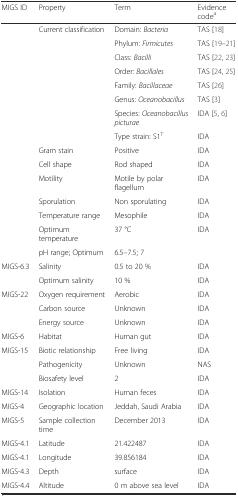
<table><thead><tr><td><b>MIGS ID</b></td><td><b>Property</b></td><td><b>Term</b></td><td><b>Evidence code<sup>a</sup></b></td></tr></thead><tbody><tr><td></td><td>Current classification</td><td>Domain: <i>Bacteria</i></td><td>TAS [18]</td></tr><tr><td></td><td></td><td>Phylum: <i>Firmicutes</i></td><td>TAS [19–21]</td></tr><tr><td></td><td></td><td>Class: <i>Bacilli</i></td><td>TAS [22, 23]</td></tr><tr><td></td><td></td><td>Order: <i>Bacillales</i></td><td>TAS [24, 25]</td></tr><tr><td></td><td></td><td>Family: <i>Bacillaceae</i></td><td>TAS [26]</td></tr><tr><td></td><td></td><td>Genus: <i>Oceanobacillus</i></td><td>TAS [3]</td></tr><tr><td></td><td></td><td>Species: <i>Oceanobacillus picturae</i></td><td>IDA [5, 6]</td></tr><tr><td></td><td></td><td>Type strain: S1<sup>T</sup></td><td>IDA</td></tr><tr><td></td><td>Gram stain</td><td>Positive</td><td>IDA</td></tr><tr><td></td><td>Cell shape</td><td>Rod shaped</td><td>IDA</td></tr><tr><td></td><td>Motility</td><td>Motile by polar flagellum</td><td>IDA</td></tr><tr><td></td><td>Sporulation</td><td>Non sporulating</td><td>IDA</td></tr><tr><td></td><td>Temperature range</td><td>Mesophile</td><td>IDA</td></tr><tr><td></td><td>Optimum temperature</td><td>37 °C</td><td>IDA</td></tr><tr><td></td><td>pH range; Optimum</td><td>6.5–7.5; 7</td><td></td></tr><tr><td>MIGS-6.3</td><td>Salinity</td><td>0.5 to 20 %</td><td>IDA</td></tr><tr><td></td><td>Optimum salinity</td><td>10 %</td><td>IDA</td></tr><tr><td>MIGS-22</td><td>Oxygen requirement</td><td>Aerobic</td><td>IDA</td></tr><tr><td></td><td>Carbon source</td><td>Unknown</td><td>IDA</td></tr><tr><td></td><td>Energy source</td><td>Unknown</td><td>IDA</td></tr><tr><td>MIGS-6</td><td>Habitat</td><td>Human gut</td><td>IDA</td></tr><tr><td>MIGS-15</td><td>Biotic relationship</td><td>Free living</td><td>IDA</td></tr><tr><td></td><td>Pathogenicity</td><td>Unknown</td><td>NAS</td></tr><tr><td></td><td>Biosafety level</td><td>2</td><td>IDA</td></tr><tr><td>MIGS-14</td><td>Isolation</td><td>Human feces</td><td>IDA</td></tr><tr><td>MIGS-4</td><td>Geographic location</td><td>Jeddah, Saudi Arabia</td><td>IDA</td></tr><tr><td>MIGS-5</td><td>Sample collection time</td><td>December 2013</td><td>IDA</td></tr><tr><td>MIGS-4.1</td><td>Latitude</td><td>21.422487</td><td>IDA</td></tr><tr><td>MIGS-4.1</td><td>Longitude</td><td>39.856184</td><td>IDA</td></tr><tr><td>MIGS-4.3</td><td>Depth</td><td>surface</td><td>IDA</td></tr><tr><td>MIGS-4.4</td><td>Altitude</td><td>0 m above sea level</td><td>IDA</td></tr></tbody></table>